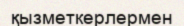
қызметкерлермен